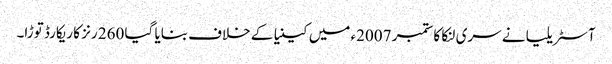
آسٹریلیا نے سری لنکا کا ستمبر 2007ء میں کینیا کے خلاف بنایا گیا 260 رنز کا ریکارڈ توڑا۔